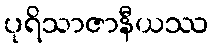
ပုရိသာဇာနီယဿ